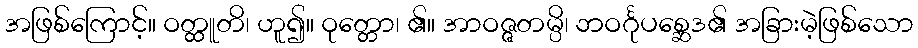
အဖြစ်ကြောင့်။ ဝတ္ထူတိ၊ ဟူ၍။ ဝုတ္တော၊ ၏။ အာဝဇ္ဇတမ္ပိ၊ ဘဝင်္ဂုပစ္ဆေဒ၏ အခြားမဲ့ဖြစ်သော